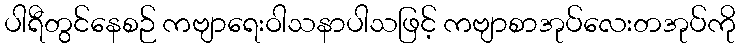
ပါရီတွင်နေစဉ် ကဗျာရေးဝါသနာပါသဖြင့် ကဗျာစာအုပ်လေးတအုပ်ကို